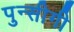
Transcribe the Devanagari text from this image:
पुन्सीगी